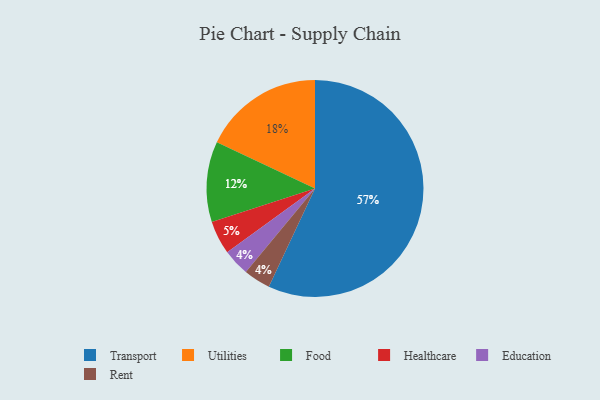
{"axis": {"x": "Category", "y": "Percentage"}, "legend": ["Education", "Food", "Healthcare", "Rent", "Transport", "Utilities"], "data": [{"x": "Transport", "y": 57, "type": "Transport"}, {"x": "Education", "y": 4, "type": "Education"}, {"x": "Rent", "y": 4, "type": "Rent"}, {"x": "Healthcare", "y": 5, "type": "Healthcare"}, {"x": "Food", "y": 12, "type": "Food"}, {"x": "Utilities", "y": 18, "type": "Utilities"}]}